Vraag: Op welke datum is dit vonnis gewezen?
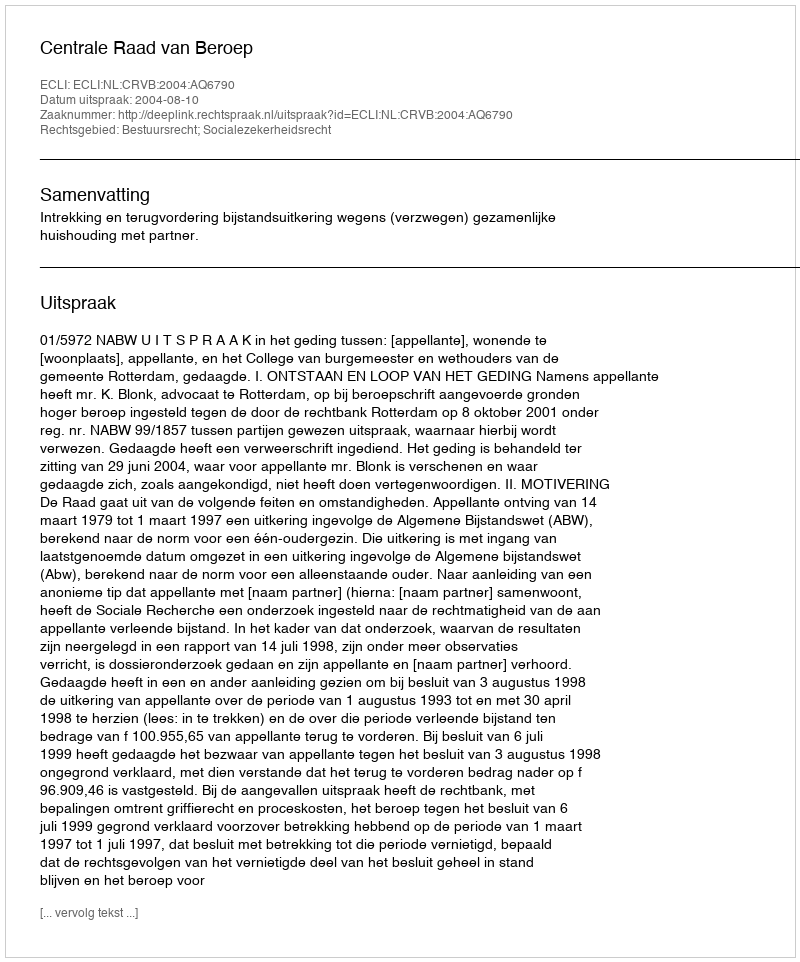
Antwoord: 2004-08-10